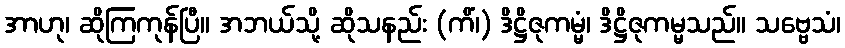
အာဟု၊ ဆိုကြကုန်ပြီ။ အဘယ်သို့ ဆိုသနည်း (ကိံ၊) ဒိဋ္ဌိဇုကမ္မံ၊ ဒိဋ္ဌိဇုကမ္မသည်။ သဗ္ဗေသံ၊